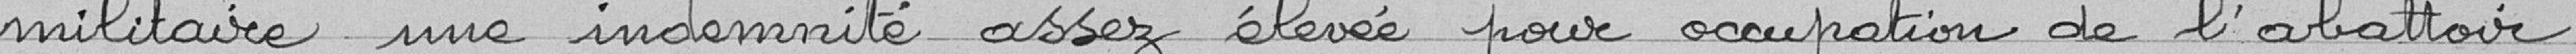
militaire une indemnité assez élevée pour occupation de l'abattoir